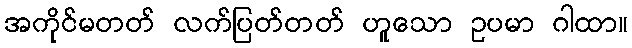
အကိုင်မတတ် လက်ပြတ်တတ် ဟူသော ဥပမာ ဂါထာ။